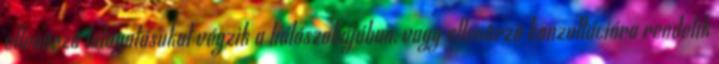
ellenõrzõ látogatásukat végzik a hálószobájában, vagy ellenõrzõ konzultációra rendelik